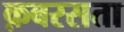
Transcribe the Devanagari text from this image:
क़बरसता